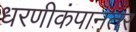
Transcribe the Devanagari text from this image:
धरणीकंपानंतर